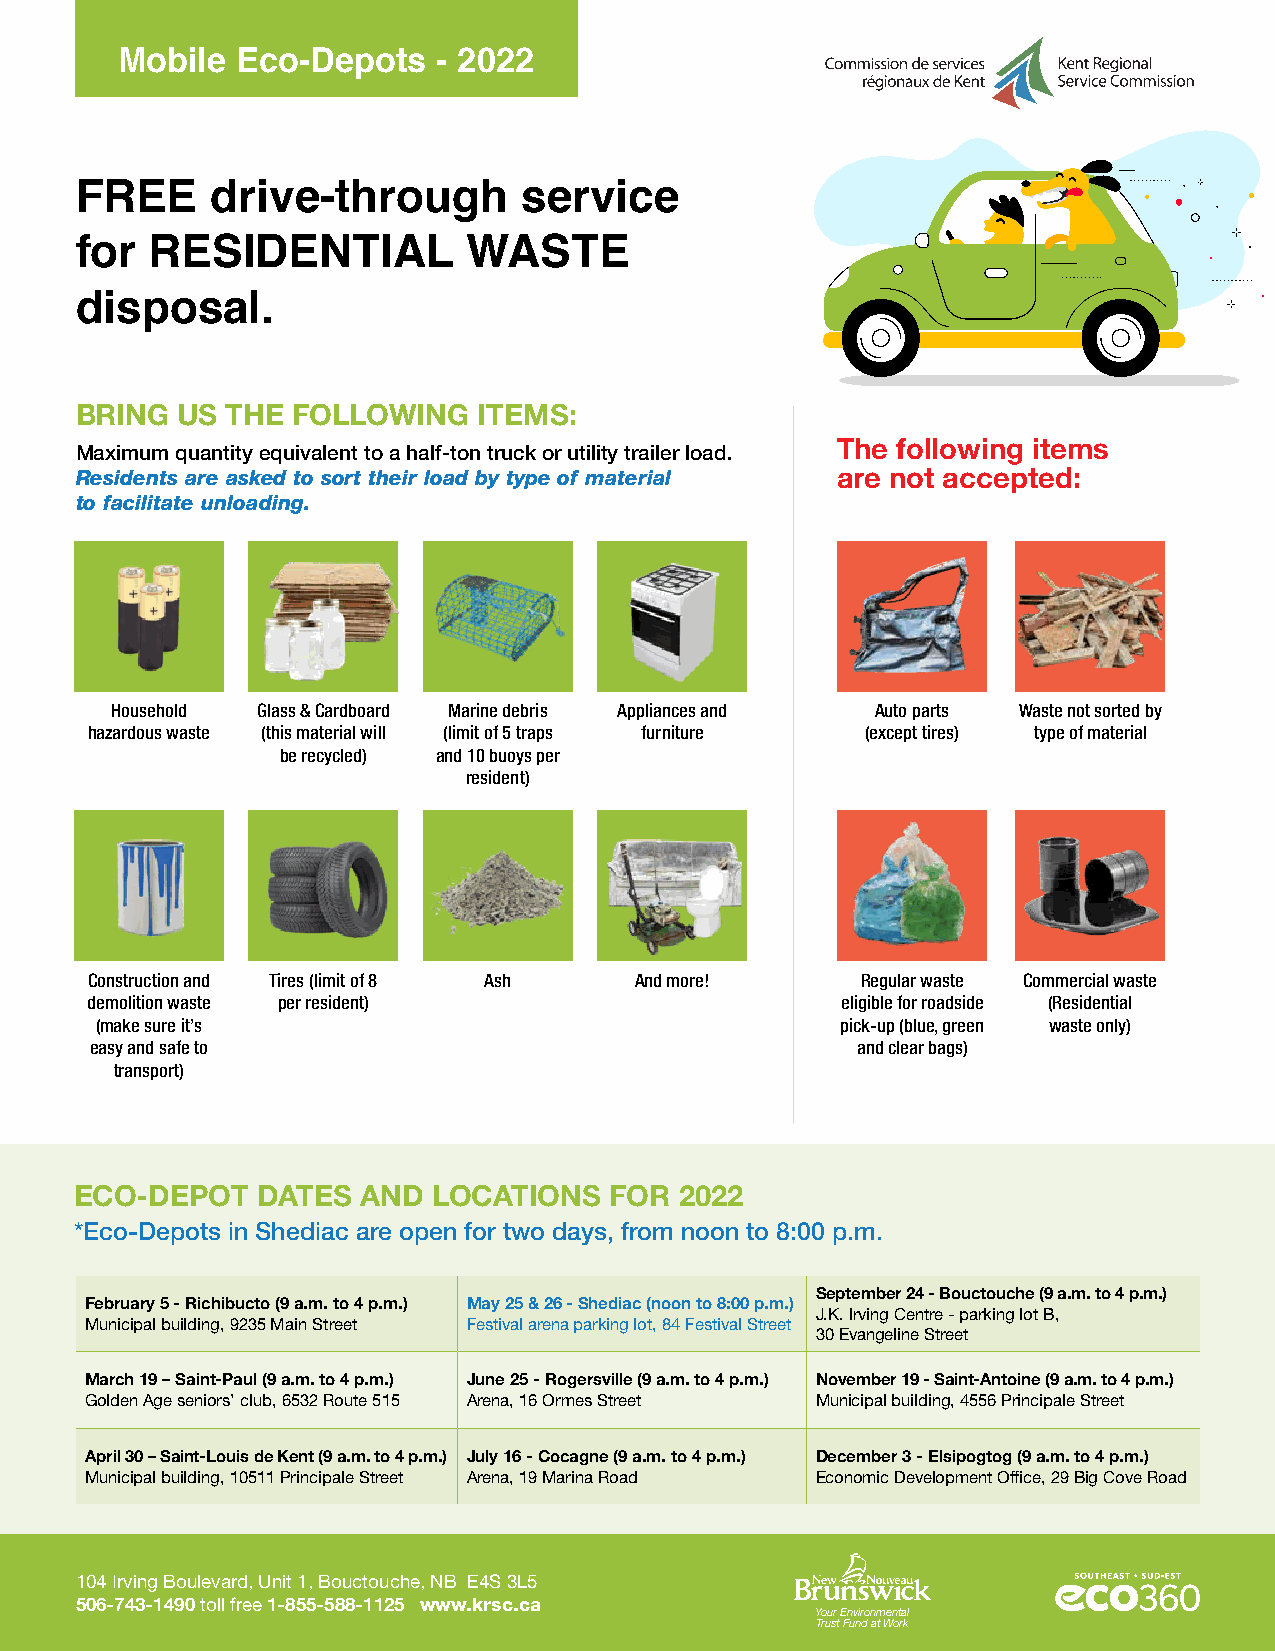
Mobile  Eco-Depots   - 2022
 FREE     drive-through        service
 for  RESIDENTIAL          WASTE
 disposal.
 BRING  US THE FOLLOWING    ITEMS:
 The following items
 Maximum quantity equivalent to a half-ton truck or utility trailer load.
 Residents are asked to sort their load by type of material are not accepted:
 to facilitate unloading.
 Household Glass & Cardboard Marine debris Appliances and Auto parts Waste not sorted by
 hazardous waste (this material will (limit of 5 traps furniture (except tires) type of material
 be recycled) and 10 buoys per
 resident)
 Construction and Tires (limit of 8 Ash And more!   Regular waste Commercial waste
 demolition waste per resident)                    eligible for roadside (Residential
 (make sure it’s                                   pick-up (blue, green waste only)
 easy and safe to                                   and clear bags)
 transport)
 ECO-DEPOT   DATES  AND  LOCATIONS  FOR  2022
 *Eco-Depots in Shediac are open for two days, from noon to 8:00 p.m.
 September 24 - Bouctouche (9 a.m. to 4 p.m.)
 February 5 - Richibucto (9 a.m. to 4 p.m.) May 25 & 26 - Shediac (noon to 8:00 p.m.)
 J.K. Irving Centre - parking lot B,
 Municipal building, 9235 Main Street Festival arena parking lot, 84 Festival Street
 30 Evangeline Street
 March 19 – Saint-Paul (9 a.m. to 4 p.m.) June 25 - Rogersville (9 a.m. to 4 p.m.) November 19 - Saint-Antoine (9 a.m. to 4 p.m.)
 Golden Age seniors’ club, 6532 Route 515 Arena, 16 Ormes Street Municipal building, 4556 Principale Street
 April 30 – Saint-Louis de Kent (9 a.m. to 4 p.m.) July 16 - Cocagne (9 a.m. to 4 p.m.) December 3 - Elsipogtog (9 a.m. to 4 p.m.)
 Municipal building, 10511 Principale Street Arena, 19 Marina Road Economic Development Office, 29 Big Cove Road
 104 Irving Boulevard, Unit 1, Bouctouche, NB E4S 3L5
 506-743-1490 toll free 1-855-588-1125 www.krsc.ca
 Your Environmental
 Trust Fund at Work